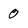
Character: 0